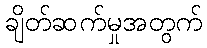
ချိတ်ဆက်မှုအတွက်